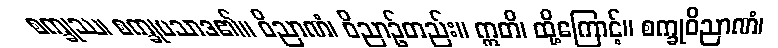
စက္ခုဿ၊ စက္ခုပသာဒ၏။ ဝိညာဏံ၊ ဝိညာဉ်တည်း။ ဣတိ၊ ထို့ကြောင့်။ စက္ခုဝိညာဏံ၊